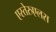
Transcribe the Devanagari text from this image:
एस्तेरुएलस